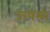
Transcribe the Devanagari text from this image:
ऊषमा